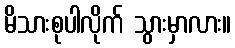
မိသားစုပါလိုက် သွားမှာလား။